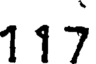
117